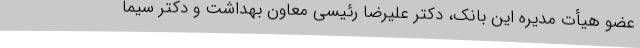
عضو هیأت مدیره این بانک، دکتر علیرضا رئیسی معاون بهداشت و دکتر سیما